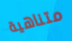
متناهية